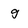
Character: g